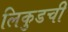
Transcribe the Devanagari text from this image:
लिकुडची